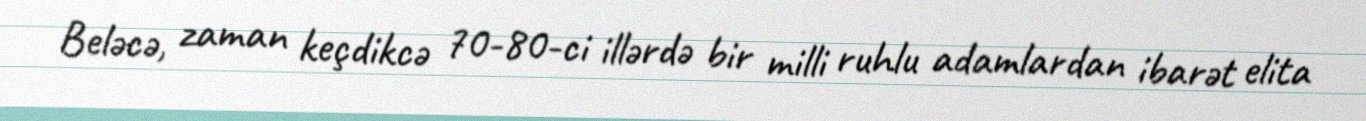
Beləcə, zaman keçdikcə 70-80-ci illərdə bir milli ruhlu adamlardan ibarət elita